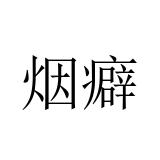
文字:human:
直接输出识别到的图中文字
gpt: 烟癖